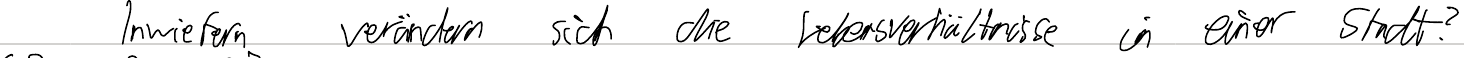
Inwiefern verändern sich die Lebensverhältnisse in einer Stadt?